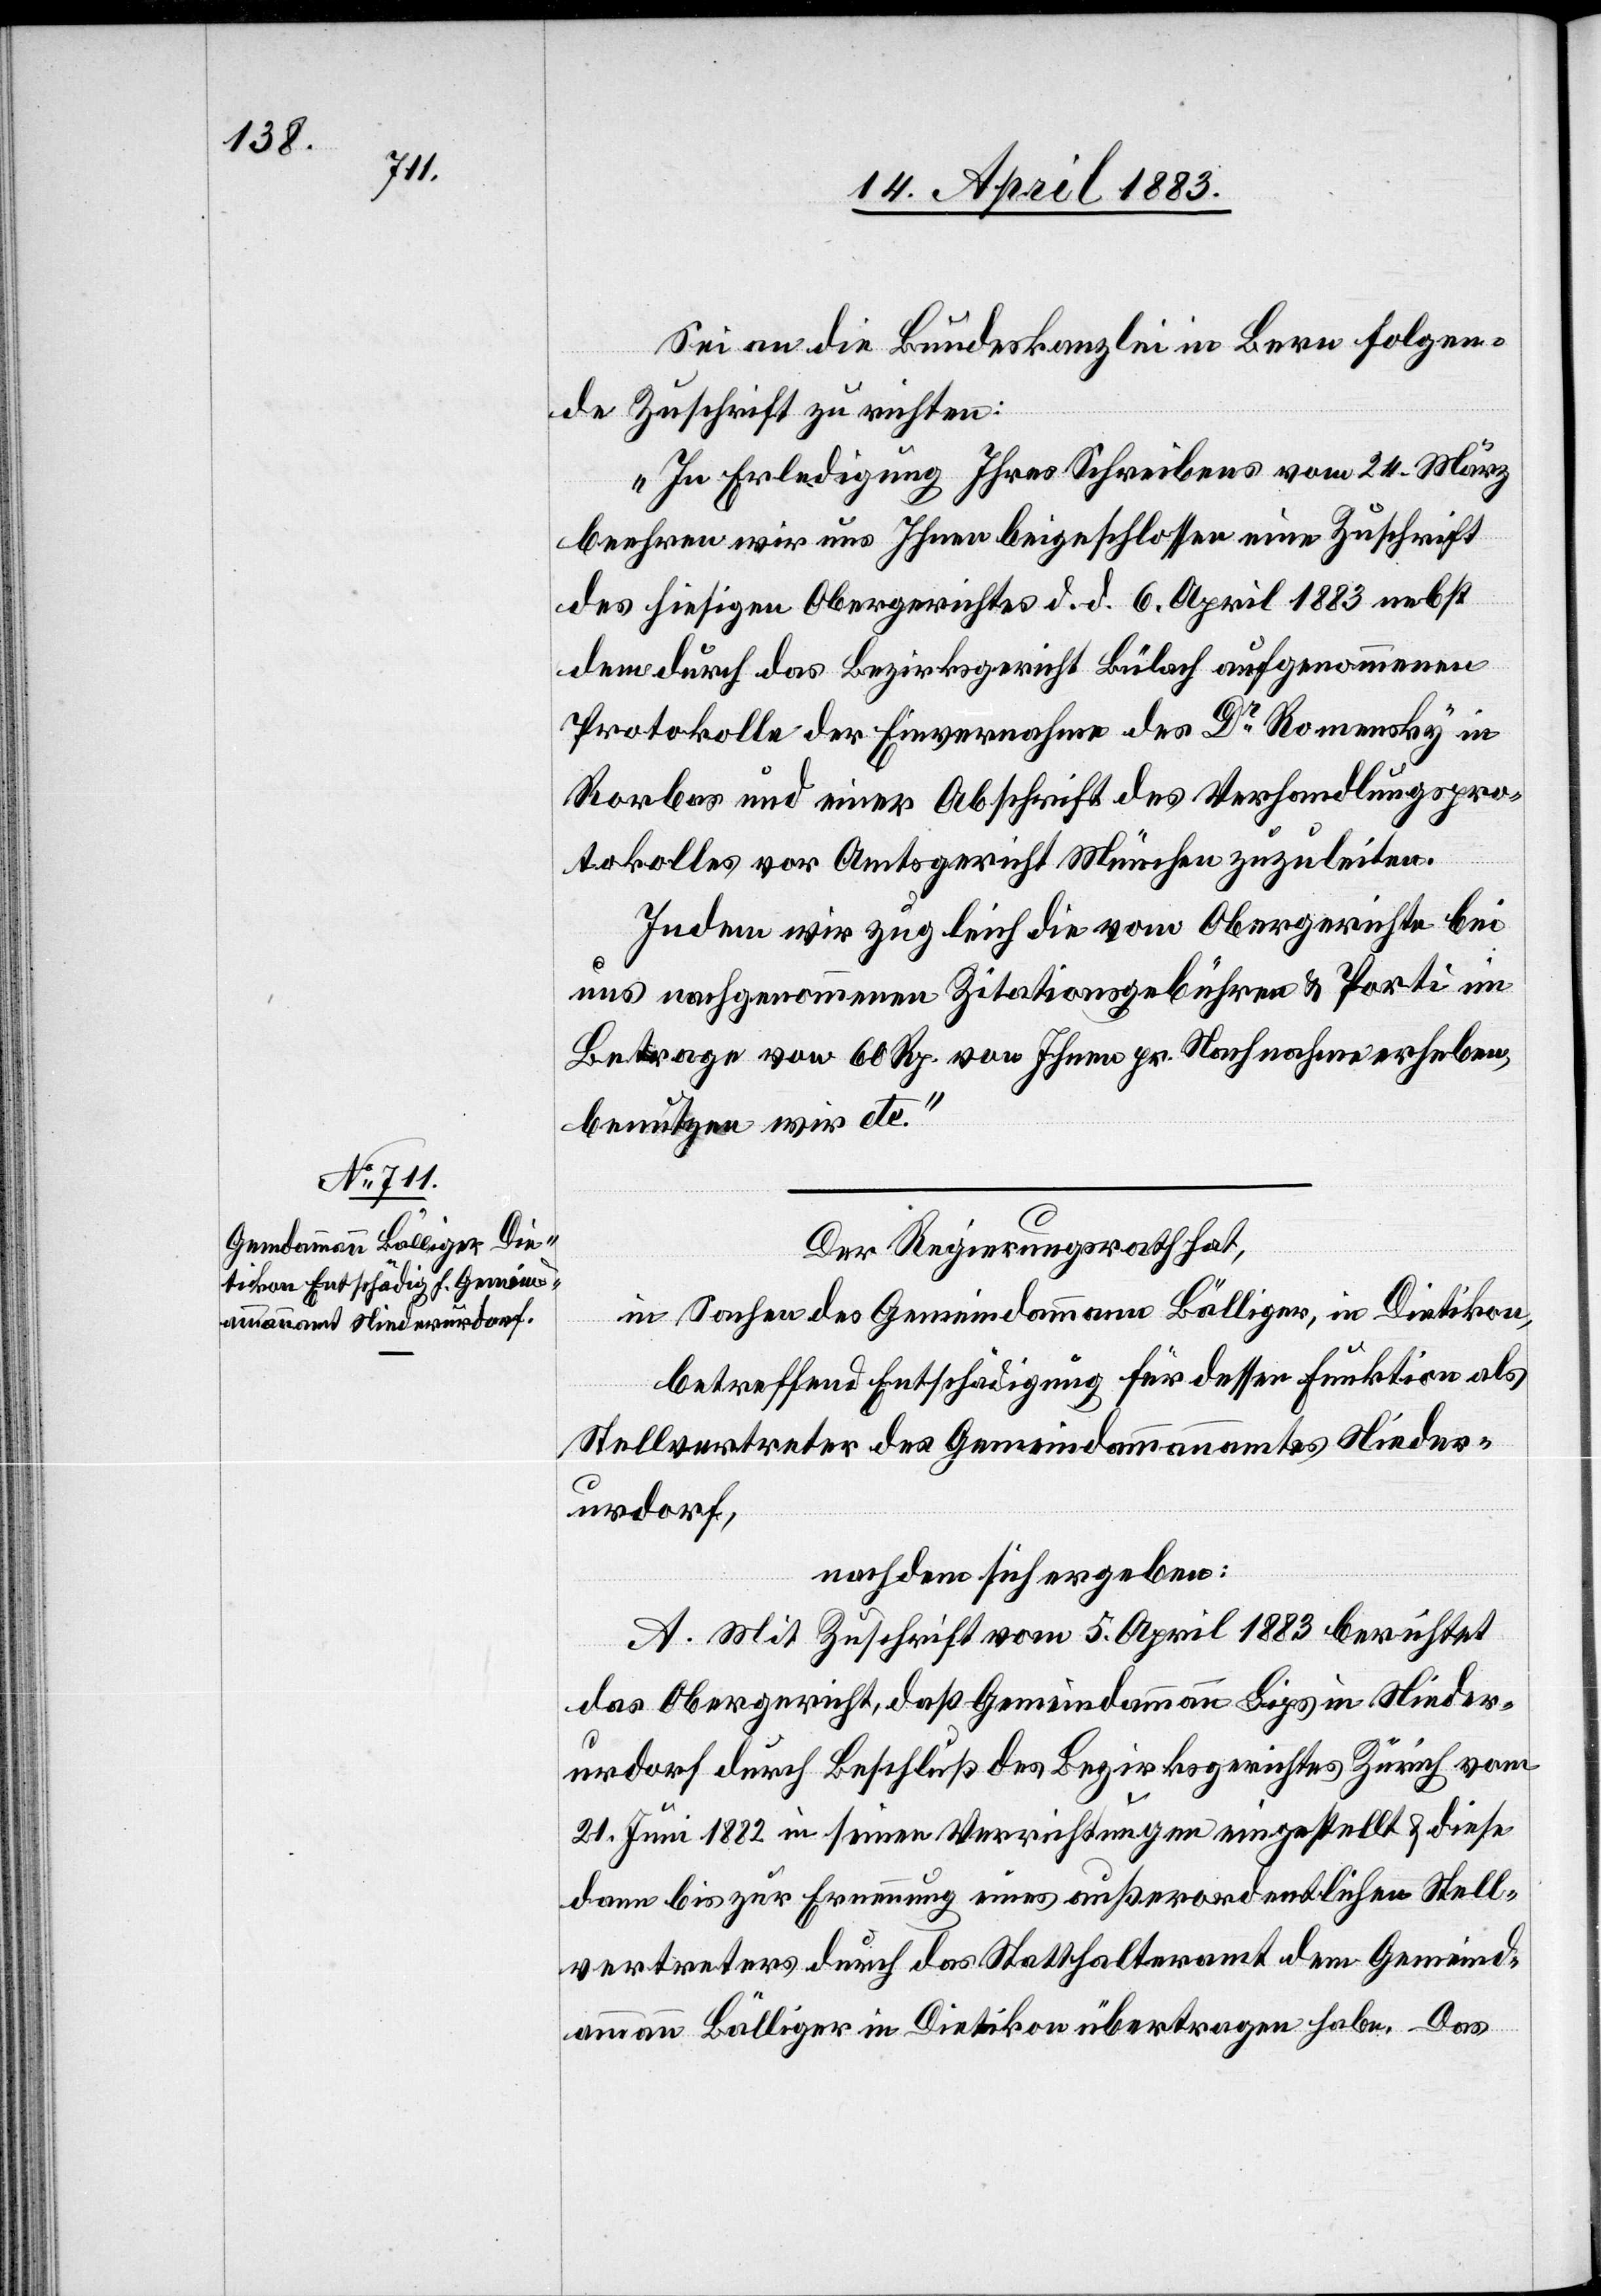
Sei an die Bundeskanzlei in Bern folgen¬
de Zuschrift zu richten:
„In Erledigung Ihres Schreibens vom 24. März
beehren wir uns Ihnen beigeschlossen eine Zuschrift
des hiesigen Obergerichtes d. d. 6. April 1883 nebst
dem durch das Bezirksgericht Bülach aufgenommenen
Protokolle der Einvernahme des Dr Romensky in
Rorbas und einer Abschrift des Verhandlungspro¬
tokolles vor Amtsgericht München zuzuleiten.
Indem wir zugleich die vom Obergerichte bei
uns nachgenommenen Zitationsgebühren & Porti im
Betrage von 60 Rp. von Ihnen pr. Nachnahme erheben,
benutzen wir etc.“
Der Regierungsrath hat,
in Sachen des Gemeindammann Bälliger, in Dietikon,
betreffend Entschädigung für dessen Funktion als
Stellvertreter des Gemeindammannamtes Nieder¬
urdorf,
nachdem sich ergeben:
A. Mit Zuschrift vom 5. April 1883 berichtet
das Obergericht, daß Gemeindammann Lips in Nieder¬
urdorf durch Beschluß des Bezirksgerichtes Zürich vom
21. Juni 1882 in seinen Verrichtungen eingestellt & diese
dann bis zur Ernennung eines außerordentlichen Stell¬
vertreters durch das Statthalteramt dem Gemeind¬
ammann Bälliger in Dietikon übertragen habe. Das